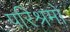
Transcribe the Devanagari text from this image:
परिश्रमो